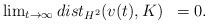
LaTeX: \begin{align*}\begin{array}{ll}\lim_{t \rightarrow \infty} dist_{H^{2}}(v(t),K) & = 0.\end{array}\end{align*}